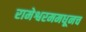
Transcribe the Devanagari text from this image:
रामेश्वरममधूनच